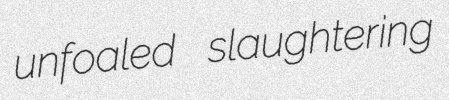
unfoaled slaughtering